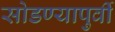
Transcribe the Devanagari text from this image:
सोडण्यापुर्वी